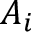
A _ { i }